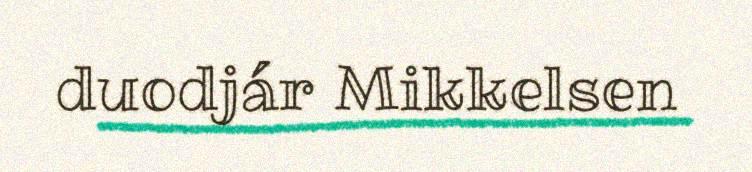
duodjár Mikkelsen